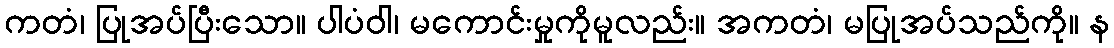
ကတံ၊ ပြုအပ်ပြီးသော။ ပါပံဝါ၊ မကောင်းမှုကိုမူလည်း။ အကတံ၊ မပြုအပ်သည်ကို။ န